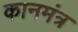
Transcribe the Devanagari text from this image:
कानमंत्र